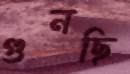
গুনছি